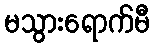
မသွားရောက်မီ